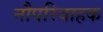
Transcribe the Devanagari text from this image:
नौपरिवाहक